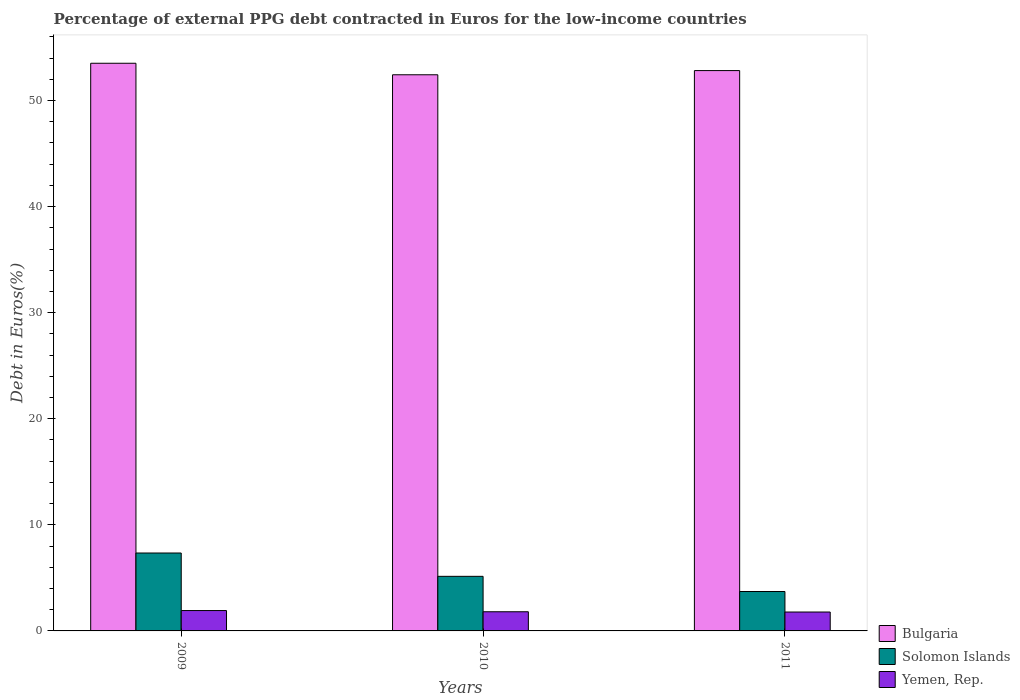
| Years | Bulgaria | Solomon Islands | Yemen, Rep. |
 | --- | --- | --- | --- |
 | 2009 | 53.5 | 7.34 | 1.92 |
 | 2010 | 52.4 | 5.15 | 1.81 |
 | 2011 | 52.8 | 3.72 | 1.78 |